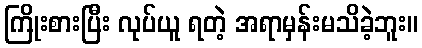
ကြိုးစားပြီး လုပ်ယူ ရတဲ့ အရာမှန်းမသိခဲ့ဘူး။